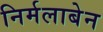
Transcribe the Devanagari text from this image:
निर्मलाबेन